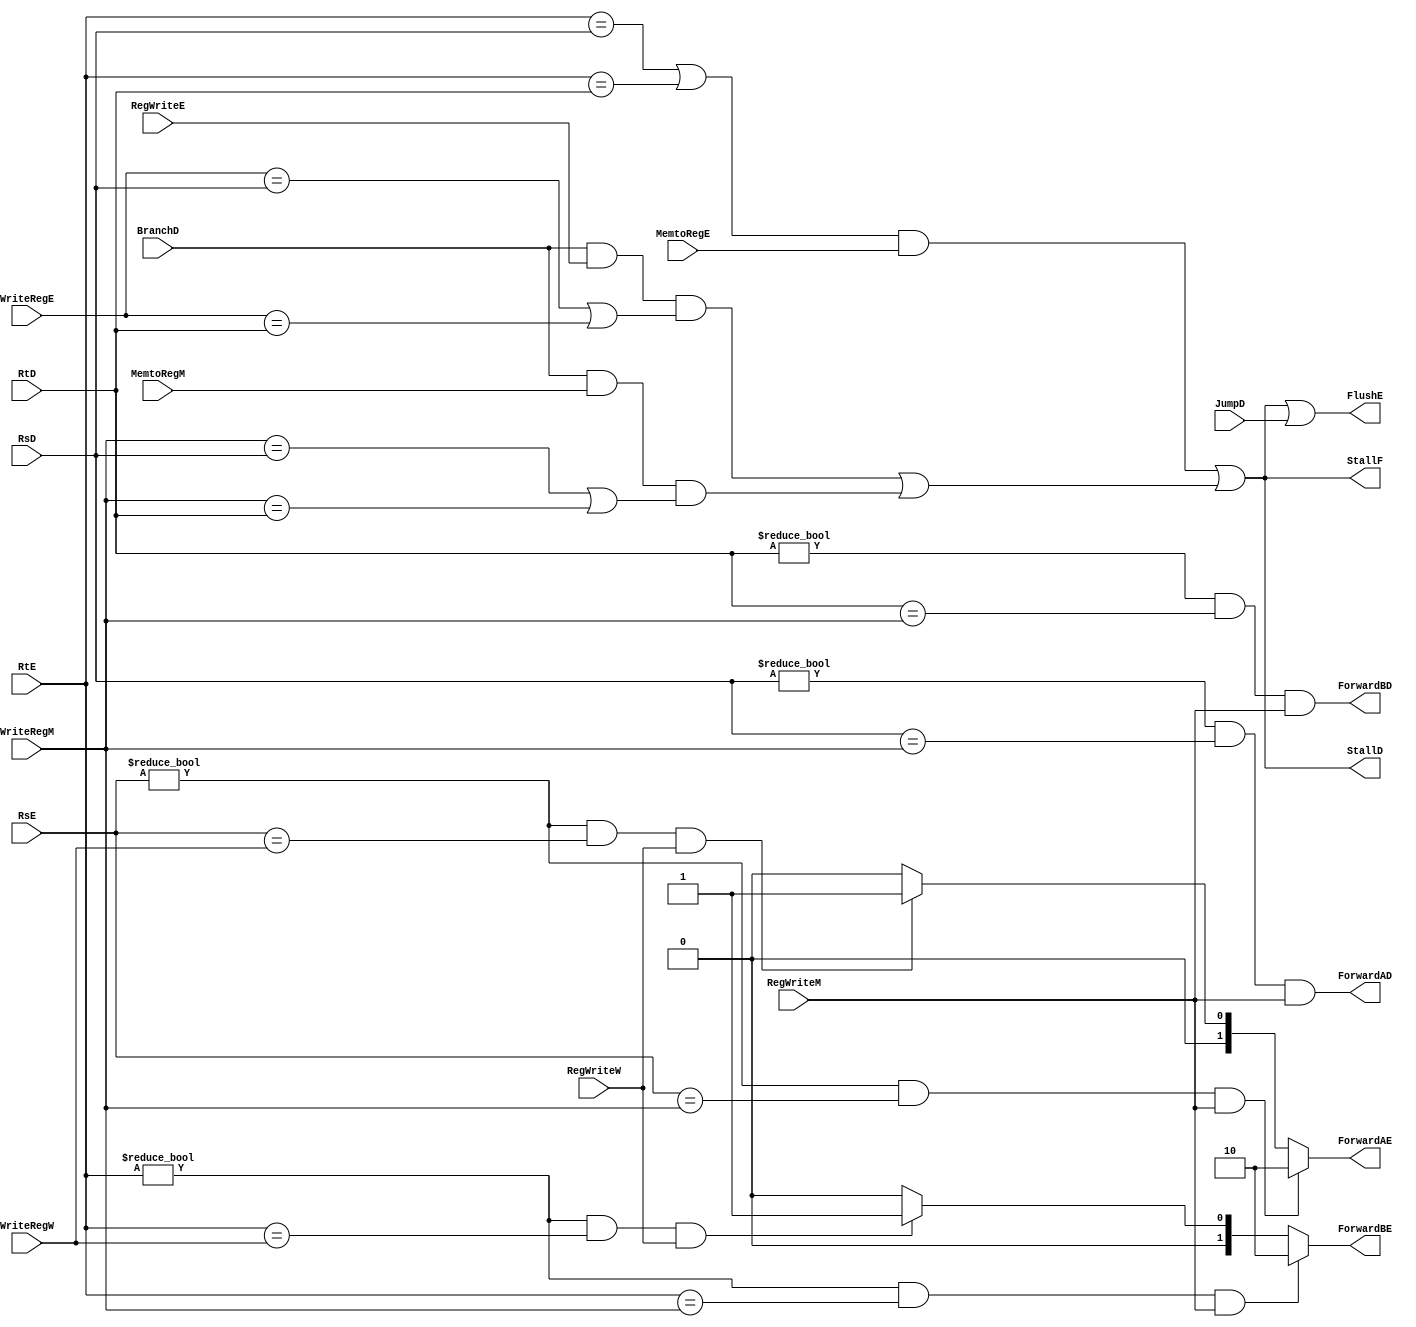
/*
 *		Thiet ke MIPS pipeline
 */
module HazardUnit(
ForwardBE,ForwardAE,RegWriteM,RegWriteW,WriteRegM,WriteRegW,RsE,RtE,	//solve RAW
StallF,StallD,FlushE,RsD,RtD,MemtoRegE,										//solve stall 
ForwardAD, ForwardBD,																//solve RAW
BranchD, RegWriteE, WriteRegE, MemtoRegM, JumpD	//solve stall
);
	input RegWriteM,RegWriteW;
	input [4:0] WriteRegM,WriteRegW;
	input BranchD;
	input JumpD;
	input [4:0] RsD,RtD;
	input [4:0] RsE,RtE;
	input [4:0]WriteRegE;
	input RegWriteE;
	input MemtoRegE;
	input MemtoRegM;
	output reg StallF,StallD,FlushE; 
	output reg ForwardAD, ForwardBD;
	output  reg [1:0]ForwardBE,ForwardAE;
	
	reg lwstall;		//Tin hieu solve hazard (stall) cho lenh lw
	reg branchstall;	//Tin hieu solve hazard (stall) cho re nhanh
	
	always @(*)
	begin
	//Forward for field Rs	(solve RAW hazard)
		if			((RsE != 0) && (RsE == WriteRegM) && RegWriteM) ForwardAE = 2'b10; //Forward from memory stage to execute stage (ALU)
		else if 	((RsE != 0) && (RsE == WriteRegW) && RegWriteW) ForwardAE = 2'b01; //Forward from write back stage to execute stage (ALU)
			  else ForwardAE = 2'b00;
	
	//Forward for field Rt	(solve RAW hazard)
		if			((RtE != 0) && (RtE == WriteRegM) && RegWriteM) ForwardBE = 2'b10; //Forward from memory stage to execute stage (ALU)
		else if 	((RtE != 0) && (RtE == WriteRegW) && RegWriteW) ForwardBE = 2'b01; //Forward from write back stage to execute stage (ALU)
			  else ForwardBE = 2'b00;
		lwstall = ((RtE == RsD) || (RtE == RtD)) && (MemtoRegE) ;
		ForwardAD = (RsD != 0) && (RsD == WriteRegM) && (RegWriteM);
		ForwardBD = ((RtD != 0) && (RtD == WriteRegM) && RegWriteM);
		branchstall = 	(BranchD && RegWriteE && ((WriteRegE == RsD) || (WriteRegE == RtD))) || 
								(BranchD && MemtoRegM && ((WriteRegM == RsD) || (WriteRegM == RtD))); 
		StallD = lwstall | branchstall;
		StallF = lwstall | branchstall;
		FlushE = (lwstall | branchstall) | JumpD;
	end
endmodule